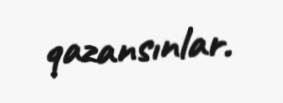
qazansınlar.